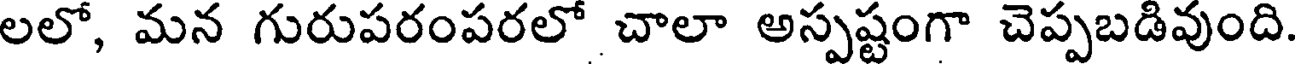
లలో, మన గురుపరంపరలో చాలా అస్పష్టంగా చెప్పబడివుంది